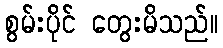
စွမ်းပိုင် တွေးမိသည်။